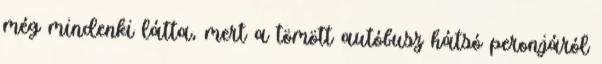
még mindenki látta, mert a tömött autóbusz hátsó peronjáról